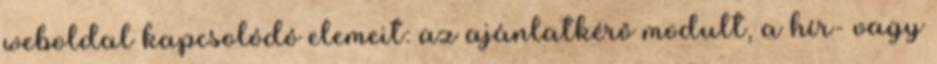
weboldal kapcsolódó elemeit: az ajánlatkérõ modult, a hír- vagy